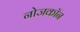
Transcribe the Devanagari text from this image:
नोजकाॅन